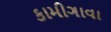
કામીગાવા